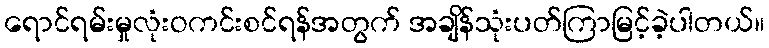
ရောင်ရမ်းမှုလုံးဝကင်းစင်ရန်အတွက် အချိန်သုံးပတ်ကြာမြင့်ခဲ့ပါတယ်။